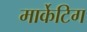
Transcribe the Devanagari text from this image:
मार्केटिग